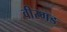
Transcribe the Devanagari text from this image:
वीरगड